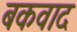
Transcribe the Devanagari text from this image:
बकवाद